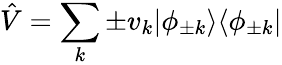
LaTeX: \hat{V}=\sum_{k}\pm v_{k}|\phi_{\pm k}\rangle\langle\phi_{\pm k}|